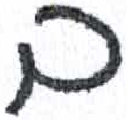
אות: ב